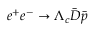
e ^ { + } e ^ { - } \to \Lambda _ { c } \bar { D } \bar { p }